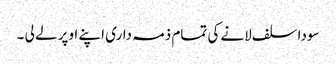
سودا سلف لانے کی تمام ذمہ داری اپنے اوپر لے لی ۔